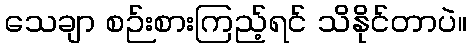
သေချာ စဉ်းစားကြည့်ရင် သိနိုင်တာပဲ။